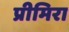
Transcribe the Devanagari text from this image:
प्रीमिरा